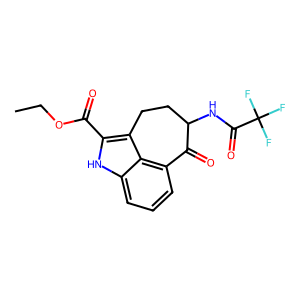
SMILES: CCOC(=O)c1[nH]c2cccc3c2c1CCC(NC(=O)C(F)(F)F)C3=O
Inhibits HIV replication: No